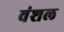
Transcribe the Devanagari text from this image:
वंशल